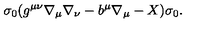
\sigma _ { 0 } ( g ^ { \mu \nu } \nabla _ { \mu } \nabla _ { \nu } - b ^ { \mu } \nabla _ { \mu } - X ) \sigma _ { 0 } .